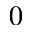
0